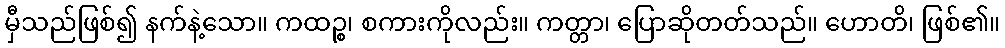
မှီသည်ဖြစ်၍ နက်နဲ့သော။ ကထဉ္စ၊ စကားကိုလည်း။ ကတ္တာ၊ ပြောဆိုတတ်သည်။ ဟောတိ၊ ဖြစ်၏။